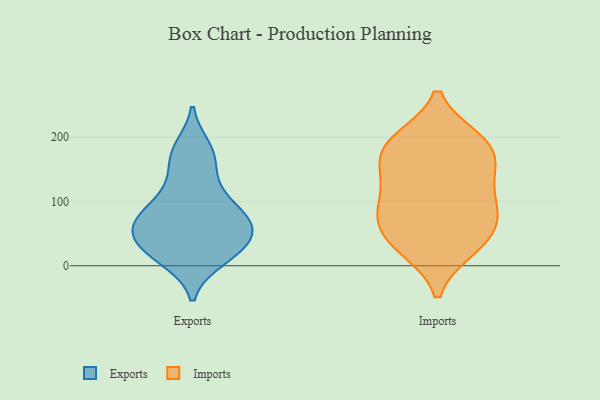
{"axis": {"x": "Production Output", "y": "Value"}, "legend": ["Exports", "Imports"], "data": [{"x": "", "y": 37, "type": "Exports"}, {"x": "", "y": 84, "type": "Exports"}, {"x": "", "y": 114, "type": "Exports"}, {"x": "", "y": 85, "type": "Exports"}, {"x": "", "y": 19, "type": "Exports"}, {"x": "", "y": 68, "type": "Exports"}, {"x": "", "y": 11, "type": "Exports"}, {"x": "", "y": 78, "type": "Exports"}, {"x": "", "y": 182, "type": "Exports"}, {"x": "", "y": 131, "type": "Exports"}, {"x": "", "y": 170, "type": "Exports"}, {"x": "", "y": 61, "type": "Exports"}, {"x": "", "y": 23, "type": "Exports"}, {"x": "", "y": 43, "type": "Exports"}, {"x": "", "y": 60, "type": "Exports"}, {"x": "", "y": 172, "type": "Exports"}, {"x": "", "y": 19, "type": "Exports"}, {"x": "", "y": 59, "type": "Exports"}, {"x": "", "y": 87, "type": "Imports"}, {"x": "", "y": 75, "type": "Imports"}, {"x": "", "y": 88, "type": "Imports"}, {"x": "", "y": 33, "type": "Imports"}, {"x": "", "y": 160, "type": "Imports"}, {"x": "", "y": 188, "type": "Imports"}, {"x": "", "y": 194, "type": "Imports"}, {"x": "", "y": 150, "type": "Imports"}, {"x": "", "y": 126, "type": "Imports"}, {"x": "", "y": 190, "type": "Imports"}, {"x": "", "y": 30, "type": "Imports"}, {"x": "", "y": 140, "type": "Imports"}, {"x": "", "y": 26, "type": "Imports"}, {"x": "", "y": 58, "type": "Imports"}, {"x": "", "y": 85, "type": "Imports"}, {"x": "", "y": 196, "type": "Imports"}]}